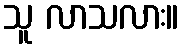
သူ လာသလား။